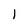
Character: 1